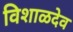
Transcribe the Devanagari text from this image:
विशाळदेव